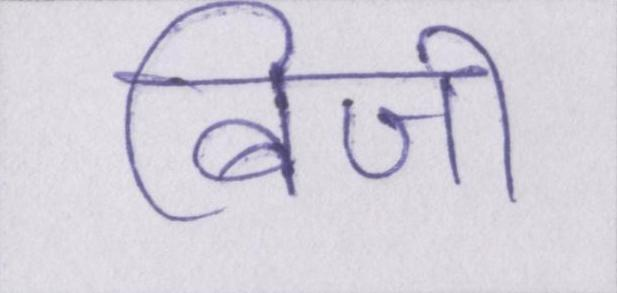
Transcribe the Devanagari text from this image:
बिजी